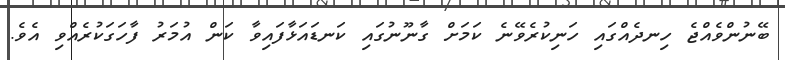
ބޭނުންވެއްޖެ ހިނދެއްގައި ހަނިކުރެވޭނެ ކަމަށް ގާނޫނުގައި ކަނޑައަޅާފައިވާ ކަން އުމަރު ފާހަގަކުރެއްވި އެވެ.